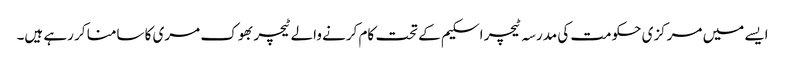
ایسے میں مرکزی حکومت کی مدرسہ ٹیچر اسکیم کے تحت کام کرنے والے ٹیچر بھوک مری کا سامنا کر رہے ہیں۔